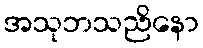
အသုဘသညိနော